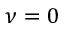
\nu = 0